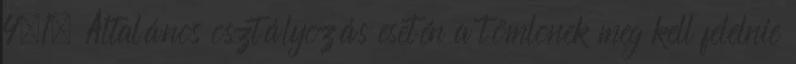
4.1. Általános osztályozás esetén a tömlõnek meg kell felelnie